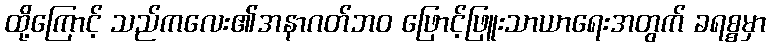
ထို့ကြောင့် သည်ကလေး၏အနာဂတ်ဘဝ ဖြောင့်ဖြူးသာယာရေးအတွက် ခရစ္စမှာ